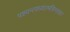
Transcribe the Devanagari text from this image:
पश्यन्त्यध्यात्मचिन्तकाः